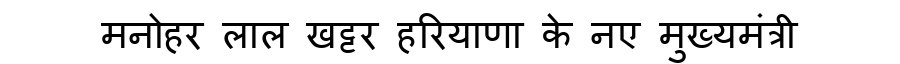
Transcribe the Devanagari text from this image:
मनोहर लाल खट्टर हरियाणा के नए मुख्यमंत्री